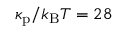
\kappa _ { \mathrm { p } } / k _ { \mathrm { B } } T = 2 8